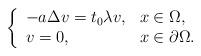
LaTeX: \begin{align*}\left\{\begin{array}{ll}-a\Delta v=t_0\lambda v,&x\in\Omega,\\v=0,&x\in\partial\Omega.\end{array}\right.\end{align*}